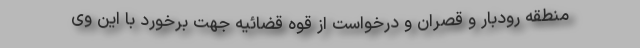
منطقه رودبار و قصران و درخواست از قوه قضائیه جهت برخورد با این وی